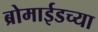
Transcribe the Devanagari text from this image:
ब्रोमाईडच्या